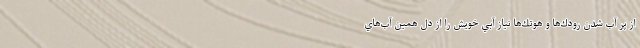
از پر آب شدن رودك‌ها و هوتك‌ها نياز آبي خويش را از دل همين آب‌هاي